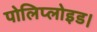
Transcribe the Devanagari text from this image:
पोलिप्लोइड।